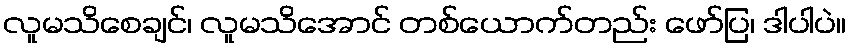
လူမသိစေချင်၊ လူမသိအောင် တစ်ယောက်တည်း ဖော်ပြ၊ ဒါပါပဲ။